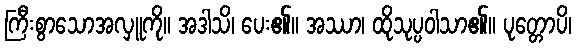
ကြီးစွာသောအလှူကို။ အဒါသိ၊ ပေး၏။ အဿာ၊ ထိုသုပ္ပဝါသာ၏။ ပုတ္တောပိ၊